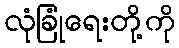
လုံခြုံရေးတို့ကို